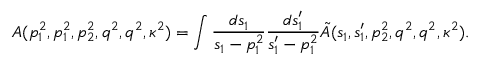
A ( p _ { 1 } ^ { 2 } , p _ { 1 } ^ { 2 } , p _ { 2 } ^ { 2 } , q ^ { 2 } , q ^ { 2 } , \kappa ^ { 2 } ) = \int \frac { d s _ { 1 } } { s _ { 1 } - p _ { 1 } ^ { 2 } } \frac { d s _ { 1 } ^ { \prime } } { s _ { 1 } ^ { \prime } - p _ { 1 } ^ { 2 } } \tilde { A } ( s _ { 1 } , s _ { 1 } ^ { \prime } , p _ { 2 } ^ { 2 } , q ^ { 2 } , q ^ { 2 } , \kappa ^ { 2 } ) .